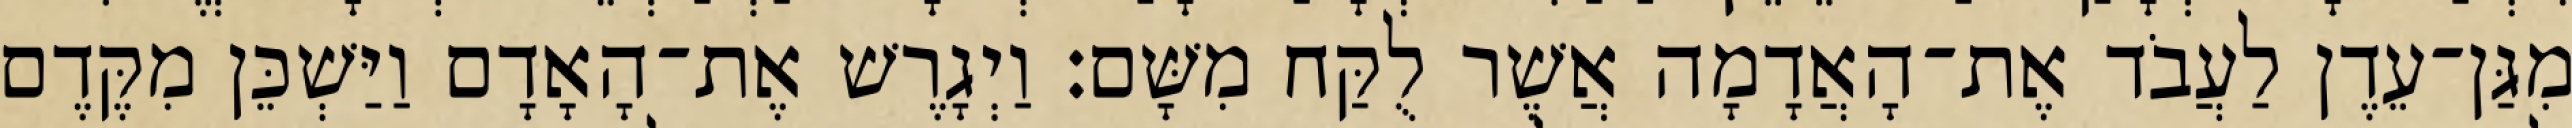
מִגַּן־עֵדֶן לַעֲבֹד אֶת־הָאֲדָמָה אֲשֶׁר לֻקַּח מִשָּׁם׃ וַיְגָרֶשׁ אֶת־הָאָדָם וַיַּשְׁכֵּן מִקֶּדֶם